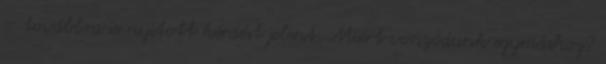
– továbbra is nyitott kérdést jelent. Miért vonzódunk egymáshoz?